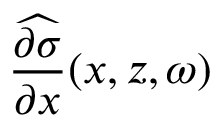
\widehat { \frac { \partial \sigma } { \partial x } } ( x , z , \omega )